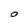
Character: O